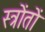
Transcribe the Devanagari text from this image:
स्त्रोंतों